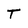
Character: t